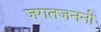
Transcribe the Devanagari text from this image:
जगतजननी